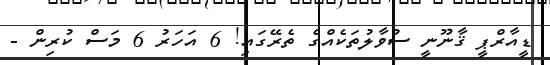
ޑީއާރްޕީ ޤާނޫނީ ސުވާލުތަކެއްގެ ތެރޭގައި! 6 އަހަރު 6 މަސް ކުރިން -